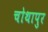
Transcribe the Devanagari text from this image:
चोथापुर